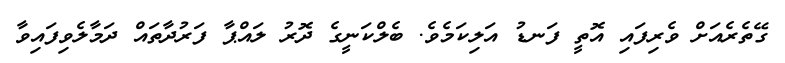
ގޭތެރެއަށް ވެރިފައި އޮތީ ފަނޑު އަލިކަމެވެ. ބެލްކަނީގެ ދޮރު ލައްޕާ ފަރުދާތައް ދަމާލެވިފައިވާ